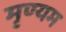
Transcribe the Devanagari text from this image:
मृण्यम